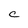
Character: C